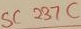
Text: SC237C